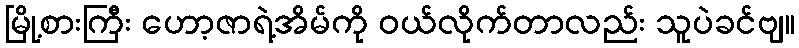
မြို့စားကြီး ဟော့ဇာရဲ့အိမ်ကို ဝယ်လိုက်တာလည်း သူပဲခင်ဗျ။